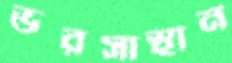
ভরসাস্থান